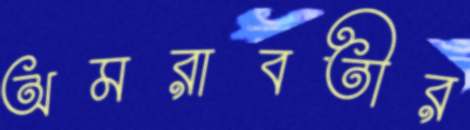
অমরাবতীর